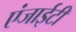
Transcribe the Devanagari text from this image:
एंजाईटी